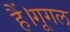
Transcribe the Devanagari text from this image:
हैं।गूगल